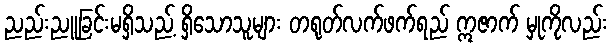
ညည်းညူခြင်းမရှိသည့် ရှိသောသူများ တရုတ်လက်ဖက်ရည် ဣဇာက် မှုကိုလည်း